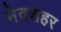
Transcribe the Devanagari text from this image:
नेवशहर